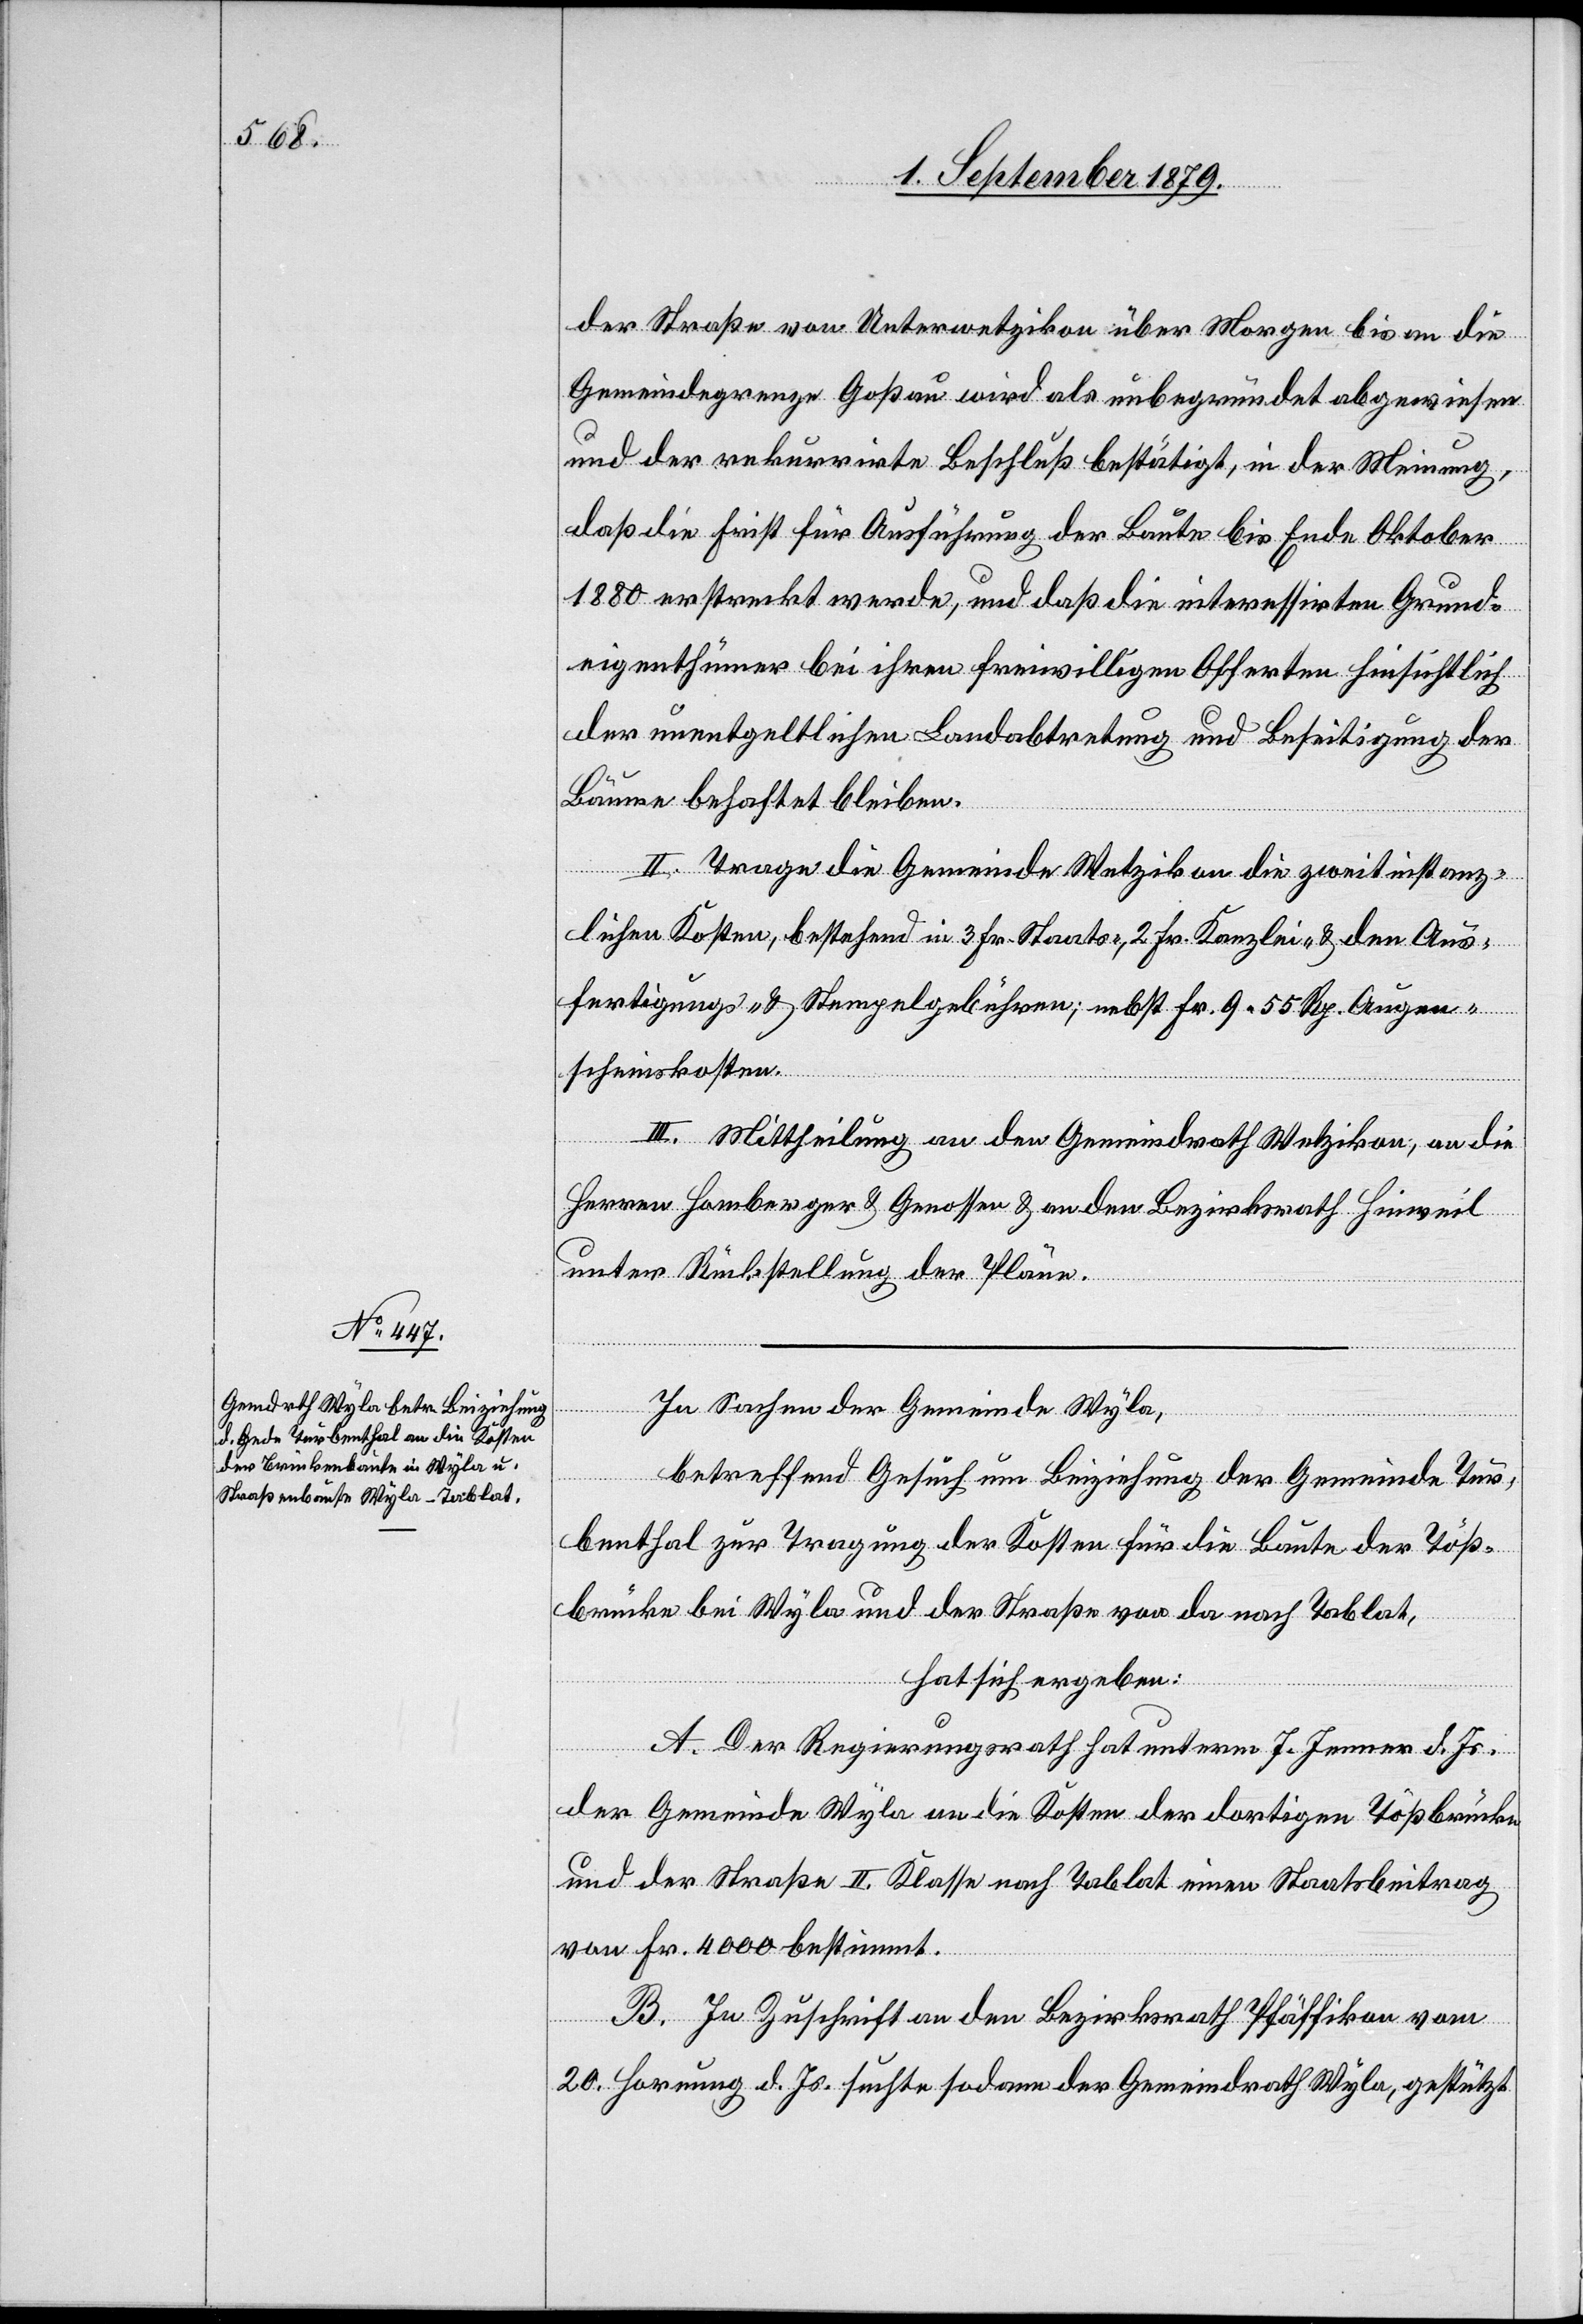
der Straße von Unterwetzikon über Morgen bis an die
Gemeindegrenze Goßau wird als unbegründet abgewiesen
und der rekurrirte Beschluß bestätigt, in der Meinung,
daß die Frist für Ausführung der Baute bis Ende Oktober
1880 erstreckt werde, und daß die interessirten Grund¬
eigenthümer bei ihren freiwilligen Offerten hinsichtlich
der unentgeltlichen Landsabtretung und Beseitigung der
Bäume behaftet bleiben.
II. Trage die Gemeinde Wetzikon an die zweitinstanz¬
lichen Kosten, bestehend in 3 Fr. Staats-, 2 Fr. Kanzlei- & den Aus¬
fertigungs- und Stempelgebühren; nebst Fr. 9 55 Rp. Augen¬
scheinskosten.
III. Mittheilung an den Gemeindrath Wetzikon, an die
Herren Homberger & Genossen & an den Bezirksrath Hinweil
unter Rückstellung der Pläne.
In Sachen der Gemeinde Wyla,
betreffend Gesuch um Beiziehung der Gemeinde Tur¬
benthal zur Tragung der Kosten für die Baute der Töß¬
brücke bei Wyla und der Straße von da nach Tablat,
hat sich ergeben:
A. Der Regierungsrath hat unterm 7. Jenner d. Js.
der Gemeinde Wyla an die Kosten der dortigen Tößbrücke
und der Straße II. Klasse nach Tablat einen Staatsbeitrag
von Fr. 4000 bestimmt.
B. In Zuschrift an den Bezirksrath Pfäffikon vom
20. Hornung d. Js. suchte sodann der Gemeindrath Wyla, gestützt